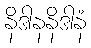
နိဒါနနိဒါနံ